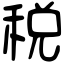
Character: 税